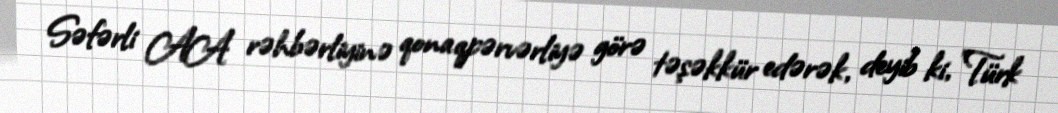
Səfərli AA rəhbərliyinə qonaqpərvərliyə görə təşəkkür edərək, deyib ki, "Türk